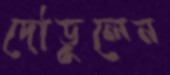
দৌড়ুলেন